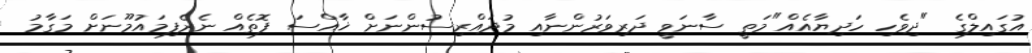
އުގައިލްގެ "ދިވެހި ހަދިޔާއެއް"މަތީ ސާނަވީ ދަރިވަރުންނާއި މުދައްރިސުންނަށް ޚާއްސަ ފޮތެއް ނެރެފިމައުމޫނަށް މަގާމު